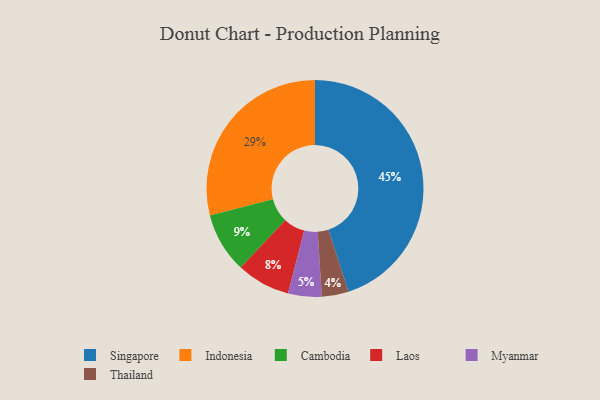
{"axis": {"x": "Category", "y": "Percentage"}, "legend": ["Cambodia", "Indonesia", "Laos", "Myanmar", "Singapore", "Thailand"], "data": [{"x": "Myanmar", "y": 5, "type": "Myanmar"}, {"x": "Laos", "y": 8, "type": "Laos"}, {"x": "Indonesia", "y": 29, "type": "Indonesia"}, {"x": "Singapore", "y": 45, "type": "Singapore"}, {"x": "Cambodia", "y": 9, "type": "Cambodia"}, {"x": "Thailand", "y": 4, "type": "Thailand"}]}